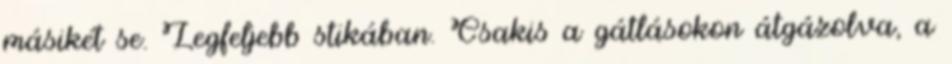
másikét se. Legfeljebb stikában. Csakis a gátlásokon átgázolva, a